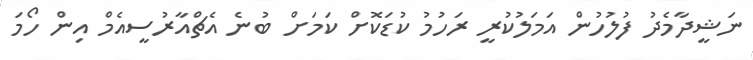
ނަޝީދާމެދު ފުލުހުން އަމަލުކުރީ ރަހުމު ކުޑަކޮށް ކަމަށް ބުނެ އެޗްއާރުސީއެމް އިން ހޯމަ